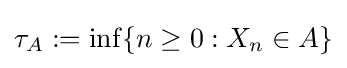
\tau _{A}:=\inf\{n\geq 0:X_{n}\in A\}